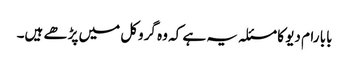
بابا رام دیو کا مسئلہ یہ ہے کہ وہ گروکل میں پڑھے ہیں۔